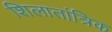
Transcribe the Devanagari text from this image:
शिलातांत्रिक